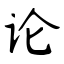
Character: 论